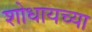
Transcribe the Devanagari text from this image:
शोधायच्या